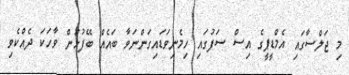
މި ޖަލްސާގައި އެމްޑީޕީގެ އިސް ސަފުގައި ހިމެނިވަޑައިގަންނަވާ ބައެއް ބޭފުޅުން ވާހަކަ ދެއްކެވި